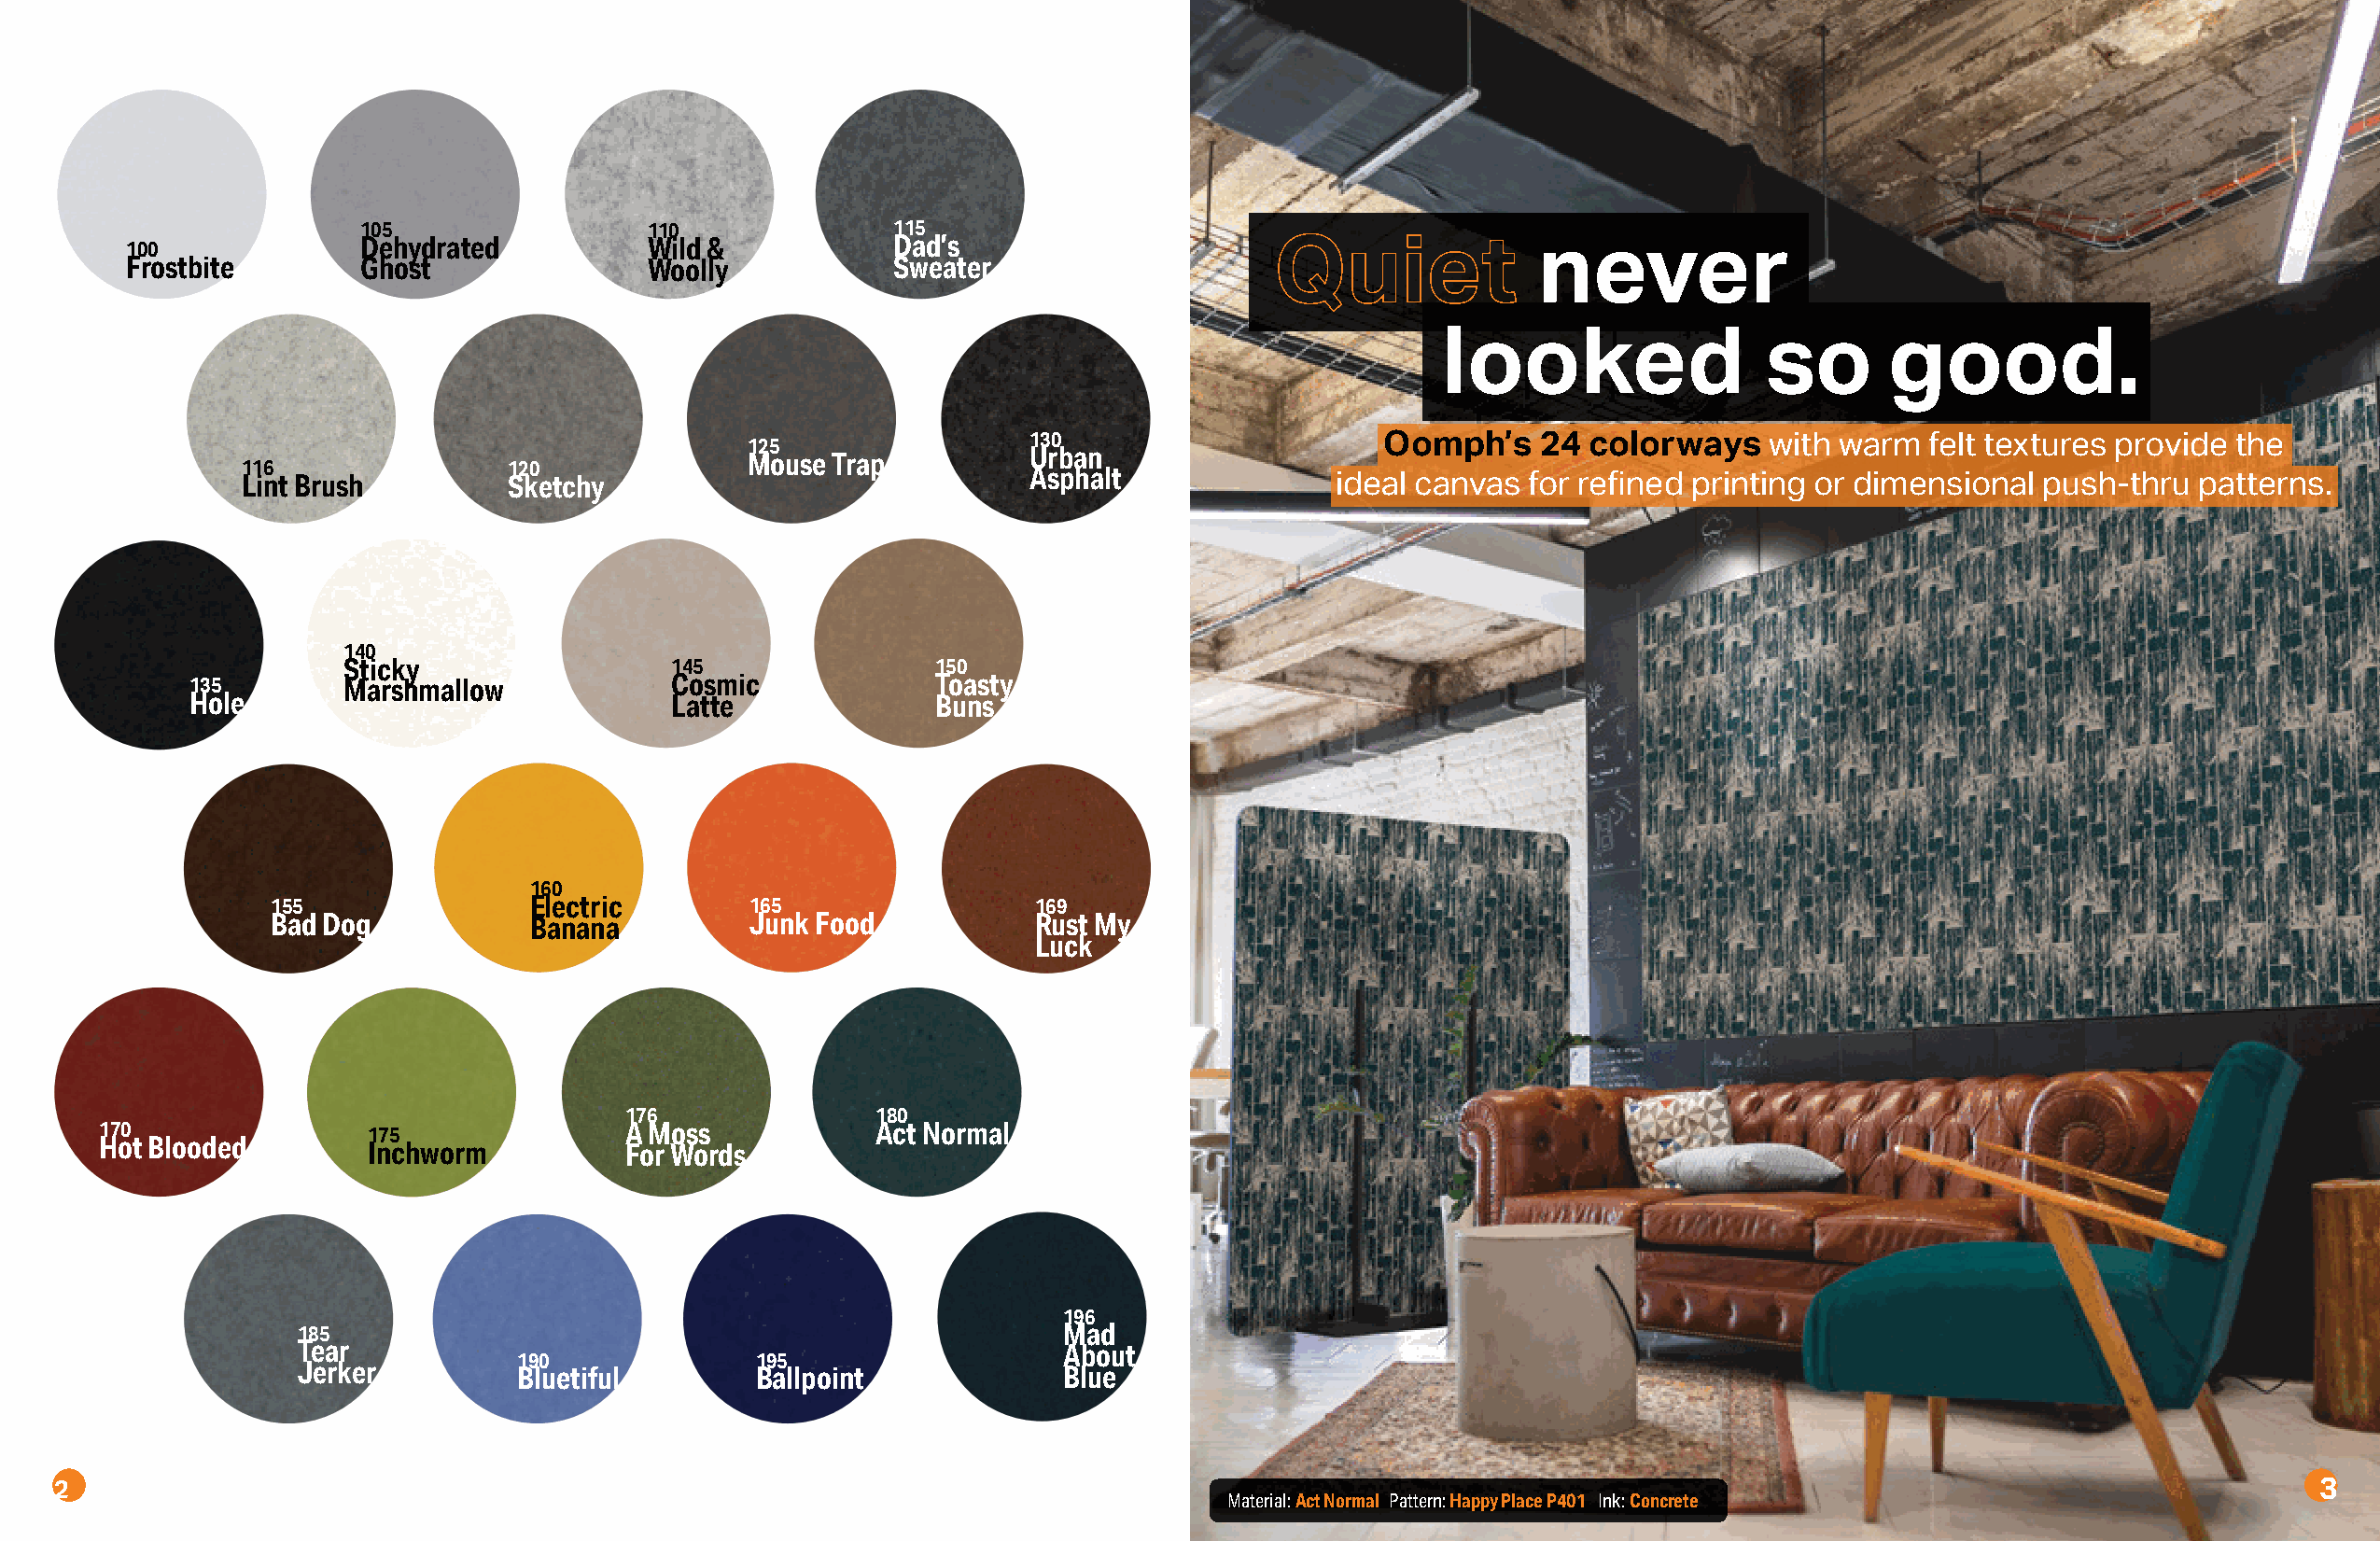
105                 110              115
 100              Dehydrated          Wild &           Dad’s
 Frostbite        Ghost               Woolly           Sweater
 Quiet              never
 looked                 so       good.
 130
 125
 Mouse Trap          Urban                    Oomph’s    24  colorways   with warm   felt textures provide the
 116                120
 Lint Brush         Sketchy
 Asphalt
 ideal canvas for refined printing or dimensional  push-thru  patterns.
 140
 Sticky                  145               150
 135        Marshmallow             Cosmic            Toasty
 Hole                               Latte             Buns
 160
 155                Electric       165                 169
 Bad Dog            Banana         Junk Food           Rust My
 Luck
 176               118800
 Act Normal
 170                175               A Moss            Act Normal
 Hot Blooded        Inchworm          For Words
 196
 185                                                   Mad
 Tear                                                  About
 190              195
 Jerker          Bluetiful        Ballpoint            Blue
 2                                                                                  Material: Act Normal Pattern: Happy Place P401 Ink: Concrete                  3